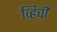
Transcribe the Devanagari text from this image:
व्हिची